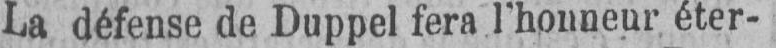
La défense de Duppel fera l’honneur éter-